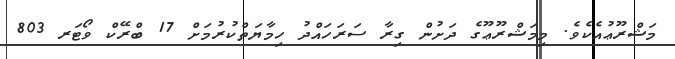
މަޝްރޫޢުއެކެވެ. މިމަޝްރޫޢޫގެ ދަށުން ގިރާ ސަރަހައްދު ހިމާޔަތްކުރުމަށް 17 ބްރޭކް ވޯޓަރ 803